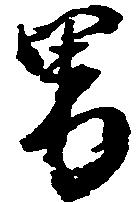
男